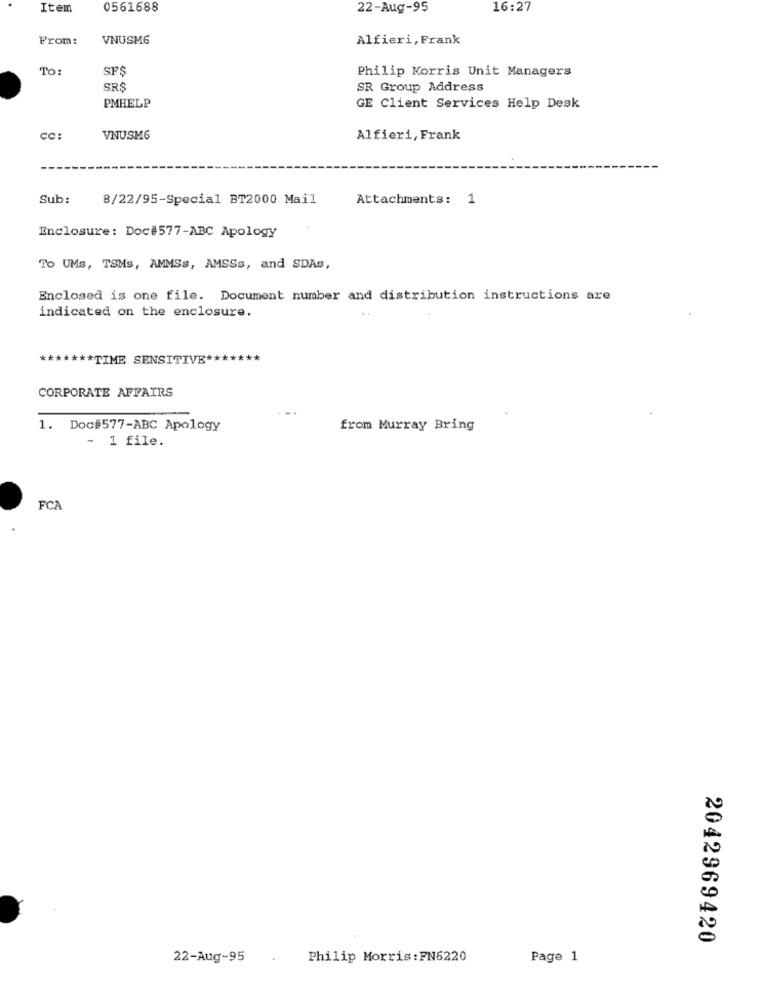
Item
0561688
22-Aug-95
16:27
From:
VNUSM6
Alfieri, Frank
To:
SF
Philip Morris Unit Managers
SRS
SR Group Address
PMHELP
GE Client Services Help Desk
CC
VNUSM6
Alfieri, Frank
Sub:
8/22/95-Special BT2000 Mail
Attachments: 1
Enclosure: Doc#577-ABC Apology
To UMs, TSMs, AMMSs, AMSSs, and SDAs,
Enclosed is one file. Document number and distribution instructions are
indicated on the enclosure.
******* TIME SENSITIVE *******
CORPORATE AFFAIRS
1. Doc#577-ABC Apology
from Murray Bring
- 1 file.
FCA
2042969420
22-Aug-95
Philip Morris : FN6220
Page 1